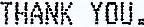
THANK YOU.